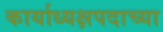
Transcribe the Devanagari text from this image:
कार्याध्यक्षपदाच्या